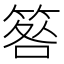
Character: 𥮑